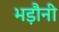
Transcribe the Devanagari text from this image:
भड़ौनी